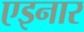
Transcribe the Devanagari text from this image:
एइनार